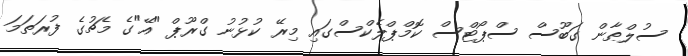
ސުލްޠާން ގަބޫސް ސްޕޯޓްސް ކޮމްޕްލެކްސްގައި މިރޭ ކުޅުނު ގްރޫޕް "އޭ"ގެ މެޗުގެ ފުރަތަމަ